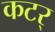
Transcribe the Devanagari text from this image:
कटर्‌